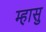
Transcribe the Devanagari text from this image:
म्हासु